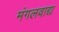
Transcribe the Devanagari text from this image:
मंगलवाद्य